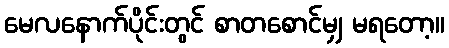
မေလနောက်ပိုင်းတွင် စာတစောင်မျှ မရတော့။